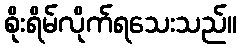
စိုးရိမ်လိုက်ရသေးသည်။